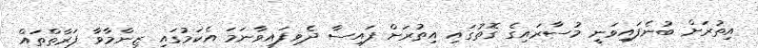
އިތުރަށް ބުނެފައިވަނީ މުސާރައިގެ ގޮތުގައި އިތުރަށް ފައިސާ ދެވިފައިވާނަމަ އެކަމުގައި ޒިންމާވާ ފަރާތްތައް